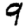
Digit: 9